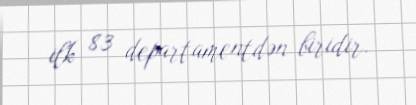
ilk 83 departamentdən biridir.